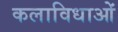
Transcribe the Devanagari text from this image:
कलाविधाओं